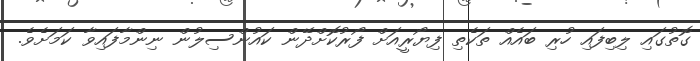
ގޮތުގައި ލިބިފައި ހުރި ބައެއް ތަކެތި ފިޔޯރީއަށް ފޯރުކޮށްދޭން ކައުންސިލުން ނިންމާފައިވާ ކަމަށެވެ.